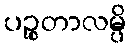
ပဉ္စတာလမ္ပိ